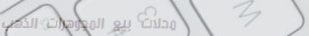
محلات بيع المجوهرات الذهب